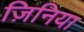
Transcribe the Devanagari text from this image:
ज़िनिया